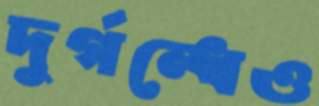
দুর্গন্ধেও